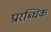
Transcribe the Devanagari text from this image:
प्रारब्धिक